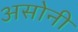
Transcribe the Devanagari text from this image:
असोनी